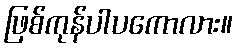
ဖြစ်ကုန်ပါပကောလား။